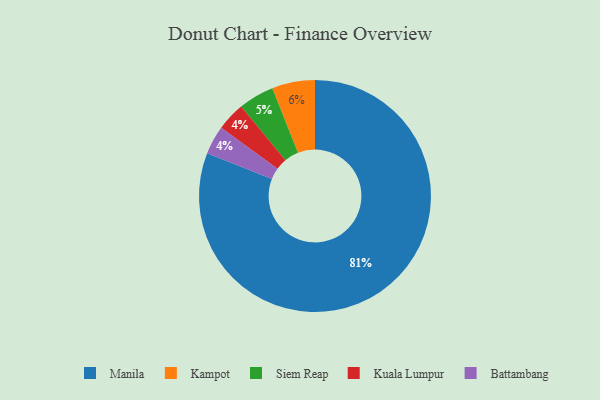
{"axis": {"x": "Category", "y": "Percentage"}, "legend": ["Battambang", "Kampot", "Kuala Lumpur", "Manila", "Siem Reap"], "data": [{"x": "Manila", "y": 81, "type": "Manila"}, {"x": "Kuala Lumpur", "y": 4, "type": "Kuala Lumpur"}, {"x": "Siem Reap", "y": 5, "type": "Siem Reap"}, {"x": "Kampot", "y": 6, "type": "Kampot"}, {"x": "Battambang", "y": 4, "type": "Battambang"}]}